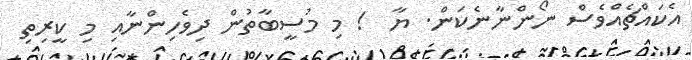
އެކައްޗެއްވެސް ނޯންނާނެކަން. ޔާ  ! މި މުސީބާތުން ދިވެހިންނާއި މި ކީރިތި